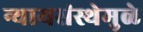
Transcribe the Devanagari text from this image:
न्यायसंस्थेमुळे